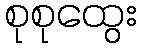
စုစုထွေး